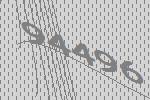
94496